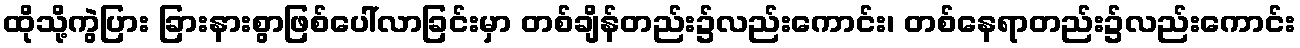
ထိုသို့ကွဲပြား ခြားနားစွာဖြစ်ပေါ်လာခြင်းမှာ တစ်ချိန်တည်း၌လည်းကောင်း၊ တစ်နေရာတည်း၌လည်းကောင်း